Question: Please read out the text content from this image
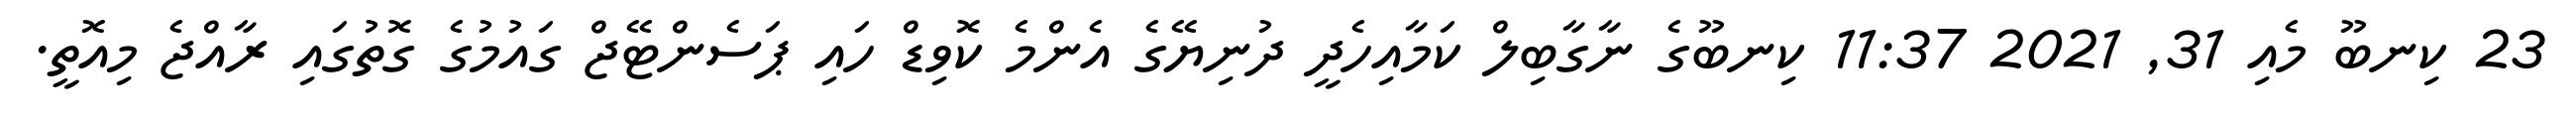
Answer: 23 ކިނބޫ މެއި 31, 2021 11:37 ކިނބޫގެ ނާގާބިލް ކަމާއިހެދީ ދުނިޔޭގެ އެންމެ ކޮވިޑް ހައި ޕަސެންޓޭޖް ގައުމުގެ ގޮތުގައި ރާއްޖެ މިއޮތީ.